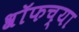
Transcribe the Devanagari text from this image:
श्रॉफच्या